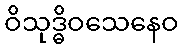
ဝိသုဒ္ဓိဝသေနေဝ